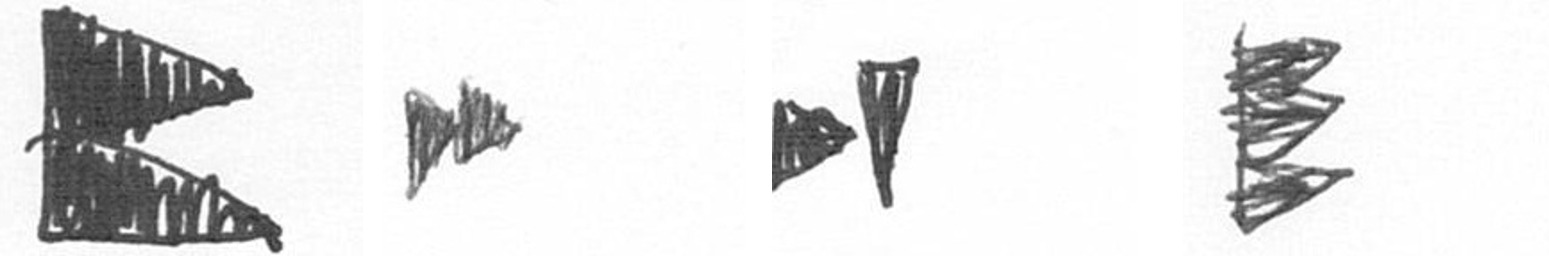
P A M H